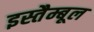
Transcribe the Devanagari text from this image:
इस्तैम्बूल